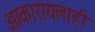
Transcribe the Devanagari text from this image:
आकारायलाही